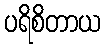
ပရိစိတာယ